Indian journal of veterinary science and animal husbandry - Volume 4,
Year: 1934
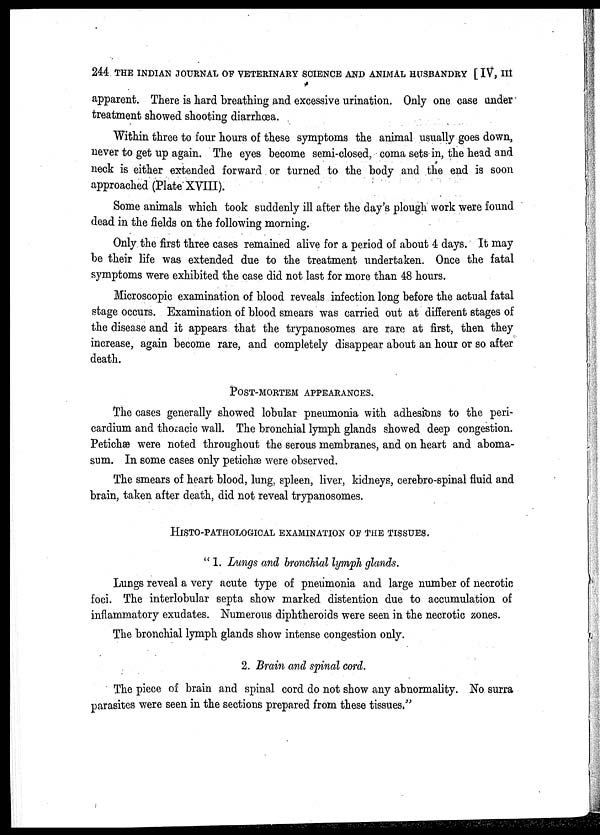
244 THE INDIAN JOURNAL OF VETERINARY SCIENCE AND ANIMAL HUSBANDRY [ IV, III
apparent. There is hard breathing and excessive urination. Only one case under
treatment showed shooting diarrhœa.
Within three to four hours of these symptoms the animal usually goes down,
never to get up again. The eyes become semi-closed, coma sets in, the head and
neck is either extended forward or turned to the body and the end is soon
approached (Plate XVIII).
Some animals which took suddenly ill after the day's plough work were found
dead in the fields on the following morning.
Only the first three cases remained alive for a period of about 4 days. It may
be their life was extended due to the treatment undertaken. Once the fatal
symptoms were exhibited the case did not last for more than 48 hours.
Microscopic examination of blood reveals infection long before the actual fatal
stage occurs. Examination of blood smears was carried out at different stages of
the disease and it appears that the trypanosomes are rare at first, then they
increase, again become rare, and completely disappear about an hour or so after
death.
POST-MORTEM APPEARANCES.
The cases generally showed lobular pneumonia with adhesions to the peri-
cardium and thoracic wall. The bronchial lymph glands showed deep congestion.
Petichæ were noted throughout the serous membranes, and on heart and aboma-
sum. In some cases only petichæ were observed.
The smears of heart blood, lung, spleen, liver, kidneys, cerebro-spinal fluid and
brain, taken after death, did not reveal trypanosomes.
HISTO-PATHOLOGICAL EXAMINATION OF THE TISSUES.
" 1. Lungs and bronchial lymph glands.
Lungs reveal a very acute type of pneumonia and large number of necrotic
foci. The interlobular septa show marked distention due to accumulation of
inflammatory exudates. Numerous diphtheroids were seen in the necrotic zones.
The bronchial lymph glands show intense congestion only.
2. Brain and spinal cord.
The piece of brain and spinal cord do not show any abnormality. No surra
parasites were seen in the sections prepared from these tissues."